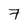
Character: 7